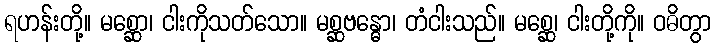
ရဟန်းတို့။ မစ္ဆော၊ ငါးကိုသတ်သော။ မစ္ဆဗန္ဓော၊ တံငါးသည်။ မစ္ဆေ၊ ငါးတို့ကို။ ဝဓိတွာ